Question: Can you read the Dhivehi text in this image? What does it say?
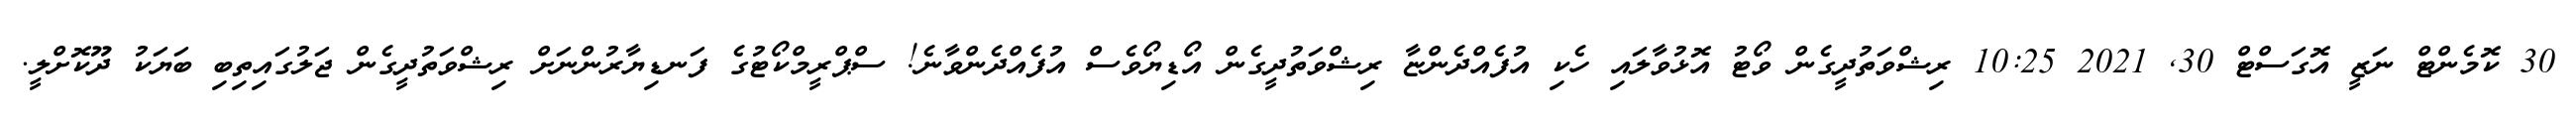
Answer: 30 ކޮމެންޓް ނަޒީ އޮގަސްޓް 30, 2021 10:25 ރިޝްވަތުދީގެން ވޯޓު އޮޅުވާލައި ހެކި އުފެއްދެންޏާ ރިޝްވަތުދީގެން އޯޑިޔޯވެސް އުފެއްދެންވާނެ! ސްޕްރީމްކޯޓުގެ ފަނޑިޔާރުންނަށް ރިޝްވަތުދީގެން ޖަލުގައިތިބި ބަޔަކު ދޫކޮށްލީ.